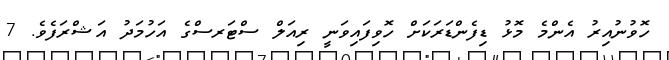
ހޮވުނުއިރު އެންމެ މޮޅު ޑިފެންޑަރަކަށް ހޮވިފައިވަނީ ރިއަލް ސްޓަރސްގެ އަހުމަދު އަޝްރަފެވެ. 7